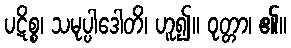
ပဋိစ္စ၊ သမုပ္ပါဒေါတိ၊ ဟူ၍။ ဝုတ္တာ၊ ၏။